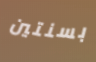
بسنتين